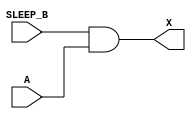
/*
 * Copyright 2020 The SkyWater PDK Authors
 *
 * Licensed under the Apache License, Version 2.0 (the "License");
 * you may not use this file except in compliance with the License.
 * You may obtain a copy of the License at
 *
 *     https://www.apache.org/licenses/LICENSE-2.0
 *
 * Unless required by applicable law or agreed to in writing, software
 * distributed under the License is distributed on an "AS IS" BASIS,
 * WITHOUT WARRANTIES OR CONDITIONS OF ANY KIND, either express or implied.
 * See the License for the specific language governing permissions and
 * limitations under the License.
 *
 * SPDX-License-Identifier: Apache-2.0
*/


`ifndef SKY130_FD_SC_HVL__LSBUFLV2HV_ISOSRCHVAON_FUNCTIONAL_V
`define SKY130_FD_SC_HVL__LSBUFLV2HV_ISOSRCHVAON_FUNCTIONAL_V

/**
 * lsbuflv2hv_isosrchvaon: Level shift buffer, low voltage to high
 *                         voltage, isolated well on input buffer,
 *                         inverting sleep mode input, zero power
 *                         sleep mode.
 *
 * Verilog simulation functional model.
 */

`timescale 1ns / 1ps
`default_nettype none

`celldefine
module sky130_fd_sc_hvl__lsbuflv2hv_isosrchvaon (
    X      ,
    A      ,
    SLEEP_B
);

    // Module ports
    output X      ;
    input  A      ;
    input  SLEEP_B;

    // Local signals
    wire SLEEP     ;
    wire and0_out_X;

    //  Name  Output      Other arguments
    not not0 (SLEEP     , SLEEP_B        );
    and and0 (and0_out_X, SLEEP_B, A     );
    buf buf0 (X         , and0_out_X     );

endmodule
`endcelldefine

`default_nettype wire
`endif  // SKY130_FD_SC_HVL__LSBUFLV2HV_ISOSRCHVAON_FUNCTIONAL_V